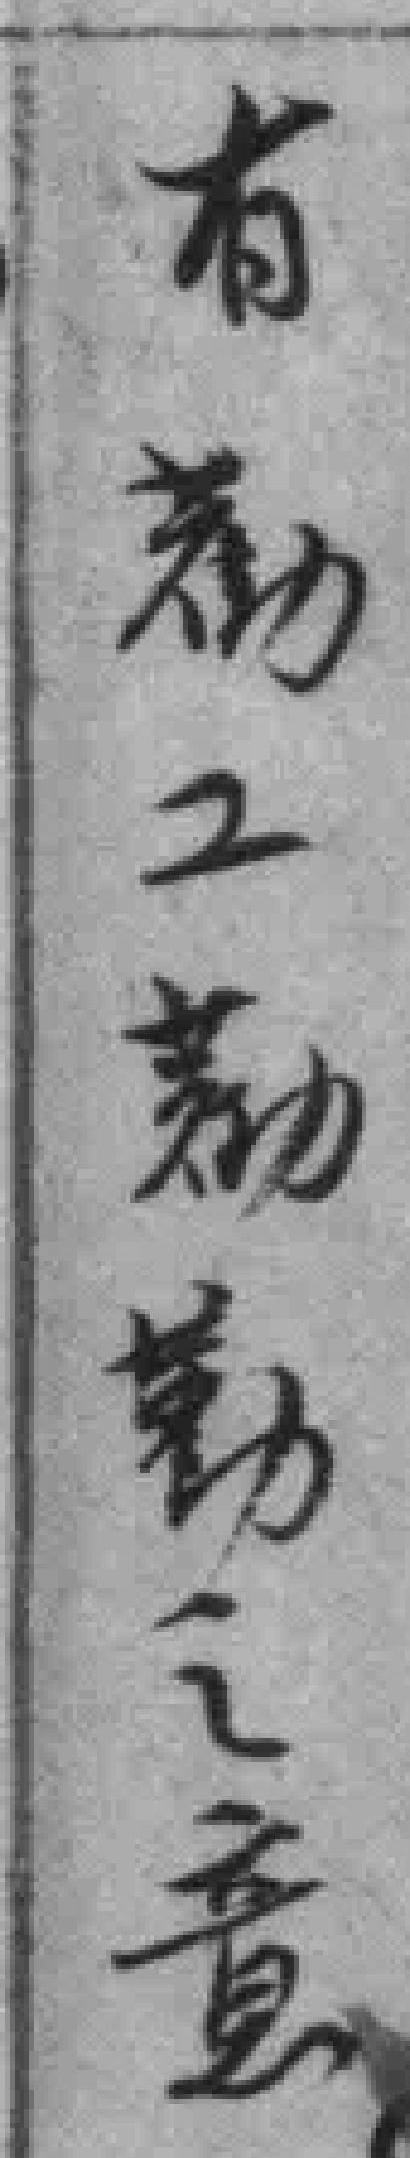
有勸工勸勤之意